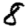
Digit: 8